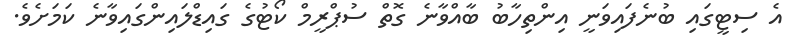
އެ ސިޓީގައި ބުނެފައިވަނީ އިންތިހާބު ބާއްވާނެ ގޮތް ސުޕްރީމް ކޯޓުގެ ގައިޑްލައިންގައިވާނެ ކަމަށެވެ.